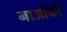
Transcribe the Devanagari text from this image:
नाओकी